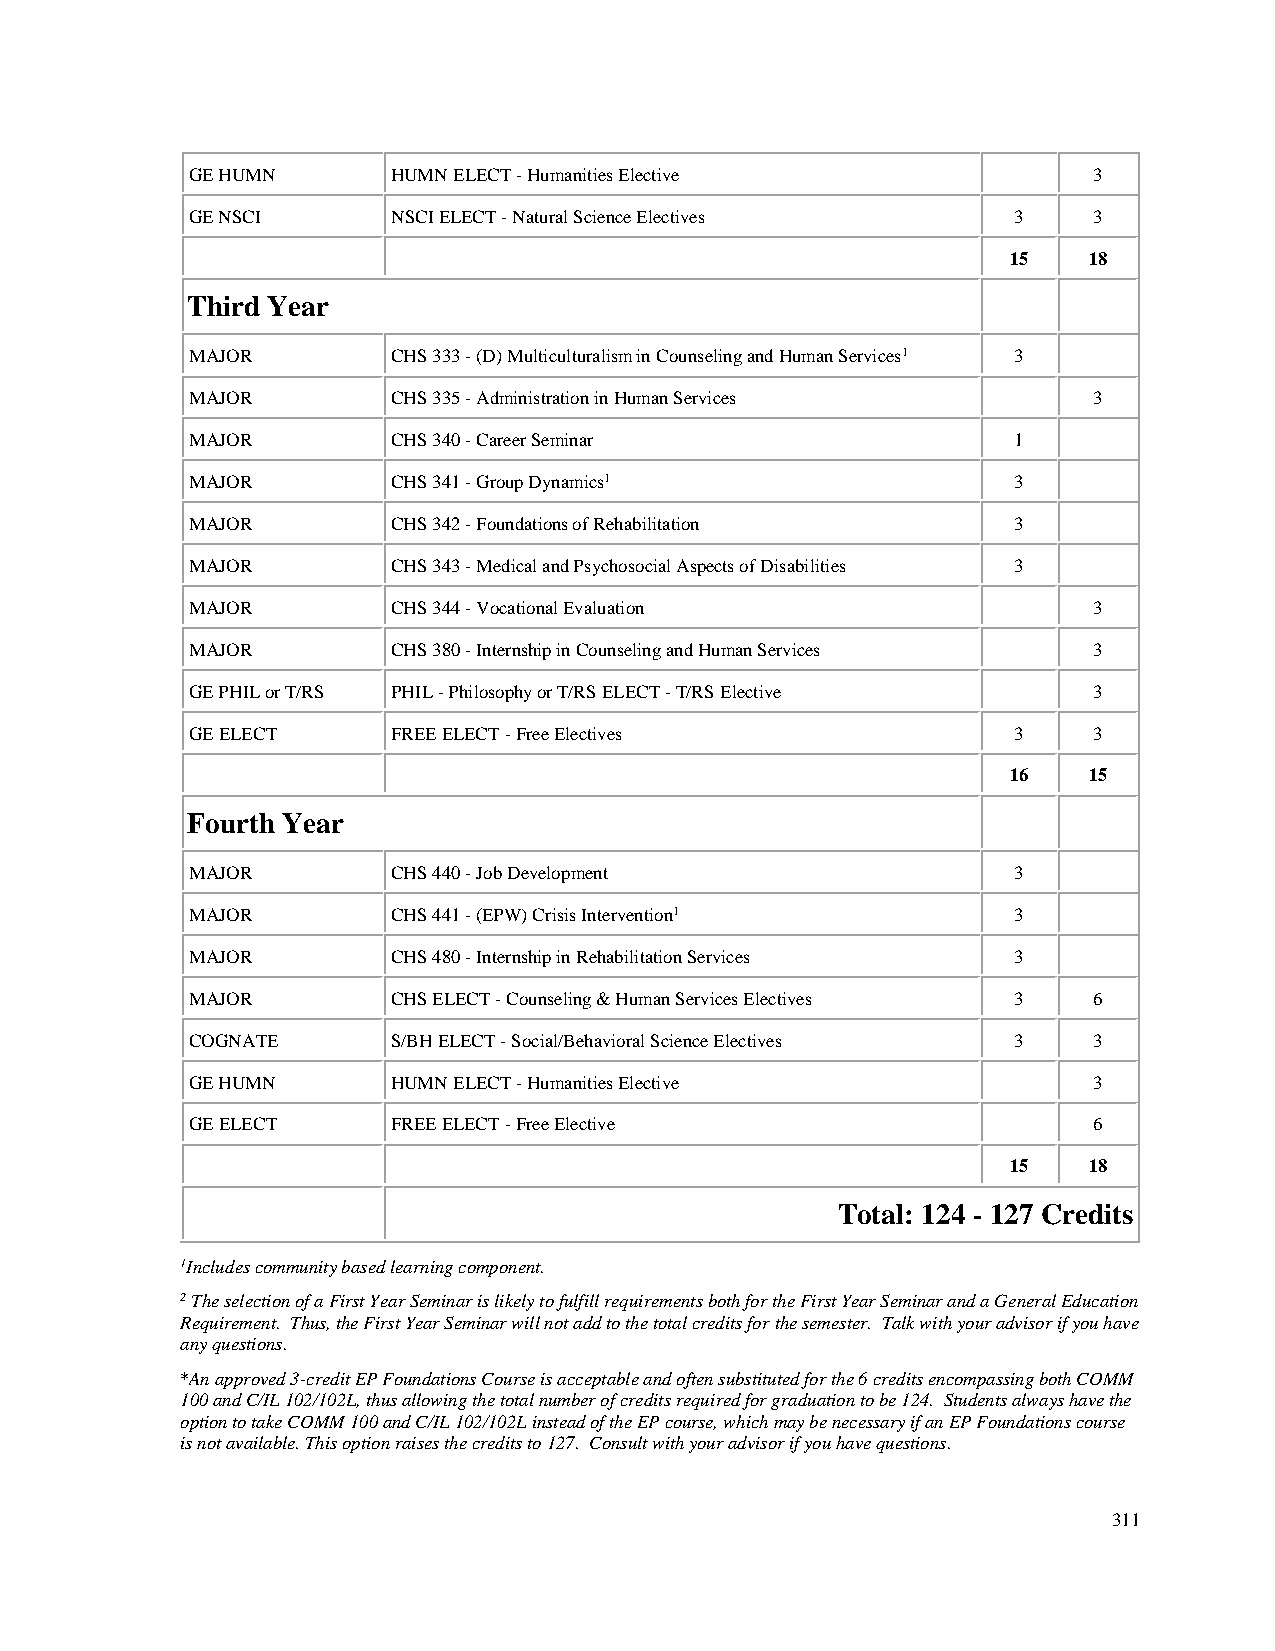
GE HUMN      HUMN ELECT - Humanities Elective              3
 GE NSCI      NSCI ELECT - Natural Science Electives   3    3
 15   18
 Third Year
 MAJOR        CHS 333 - (D) Multiculturalism in Counseling and Human Services1 3
 MAJOR        CHS 335 - Administration in Human Services    3
 MAJOR        CHS 340 - Career Seminar                 1
 MAJOR        CHS 341 - Group Dynamics1                3
 MAJOR        CHS 342 - Foundations of Rehabilitation  3
 MAJOR        CHS 343 - Medical and Psychosocial Aspects of Disabilities 3
 MAJOR        CHS 344 - Vocational Evaluation               3
 MAJOR        CHS 380 - Internship in Counseling and Human Services 3
 GE PHIL or T/RS PHIL - Philosophy or T/RS ELECT - T/RS Elective 3
 GE ELECT     FREE ELECT - Free Electives              3    3
 16   15
 Fourth Year
 MAJOR        CHS 440 - Job Development                3
 MAJOR        CHS 441 - (EPW) Crisis Intervention1     3
 MAJOR        CHS 480 - Internship in Rehabilitation Services 3
 MAJOR        CHS ELECT - Counseling & Human Services Electives 3 6
 COGNATE      S/BH ELECT - Social/Behavioral Science Electives 3 3
 GE HUMN      HUMN ELECT - Humanities Elective              3
 GE ELECT     FREE ELECT - Free Elective                    6
 15   18
 Total: 124 - 127 Credits
 1Includes community based learning component.
 2 The selection of a First Year Seminar is likely to fulfill requirements both for the First Year Seminar and a General Education
 Requirement. Thus, the First Year Seminar will not add to the total credits for the semester. Talk with your advisor if you have
 any questions.
 *An approved 3-credit EP Foundations Course is acceptable and often substituted for the 6 credits encompassing both COMM
 100 and C/IL 102/102L, thus allowing the total number of credits required for graduation to be 124. Students always have the
 option to take COMM 100 and C/IL 102/102L instead of the EP course, which may be necessary if an EP Foundations course
 is not available. This option raises the credits to 127. Consult with your advisor if you have questions.
 311